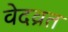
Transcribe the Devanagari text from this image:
वेदव्रत